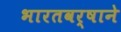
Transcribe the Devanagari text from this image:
भारतवर्षाने